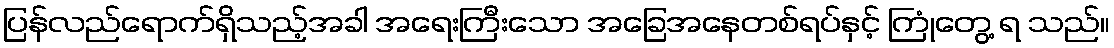
ပြန်လည်ရောက်ရှိသည့်အခါ အရေးကြီးသော အခြေအနေတစ်ရပ်နှင့် ကြုံတွေ့ ရ သည်။